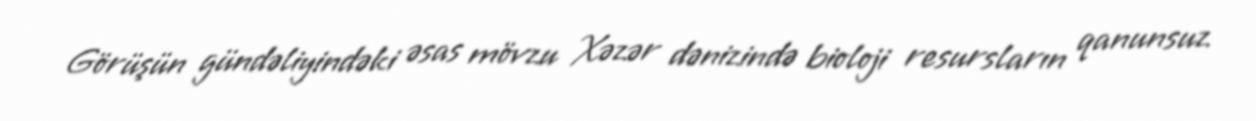
Görüşün gündəliyindəki əsas mövzu Xəzər dənizində bioloji resursların qanunsuz